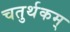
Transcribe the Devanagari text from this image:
चतुर्थकम्